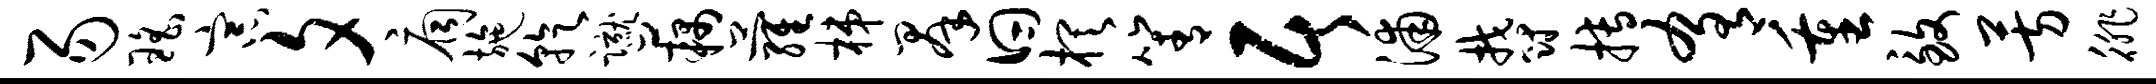
易瑶宗夕扃施乾蹴藕萝梯群曰棋箐居浦郁搏肴重致芳徘